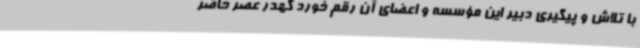
با تلاش و پیگیری دبیر این مؤسسه و اعضای آن رقم خورد کهدر عصر حاضر